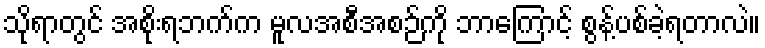
သိုရာတွင် အစိုးရဘက်က မူလအစီအစဉ်ကို ဘာကြောင့် စွန့်ပစ်ခဲ့ရတာလဲ။